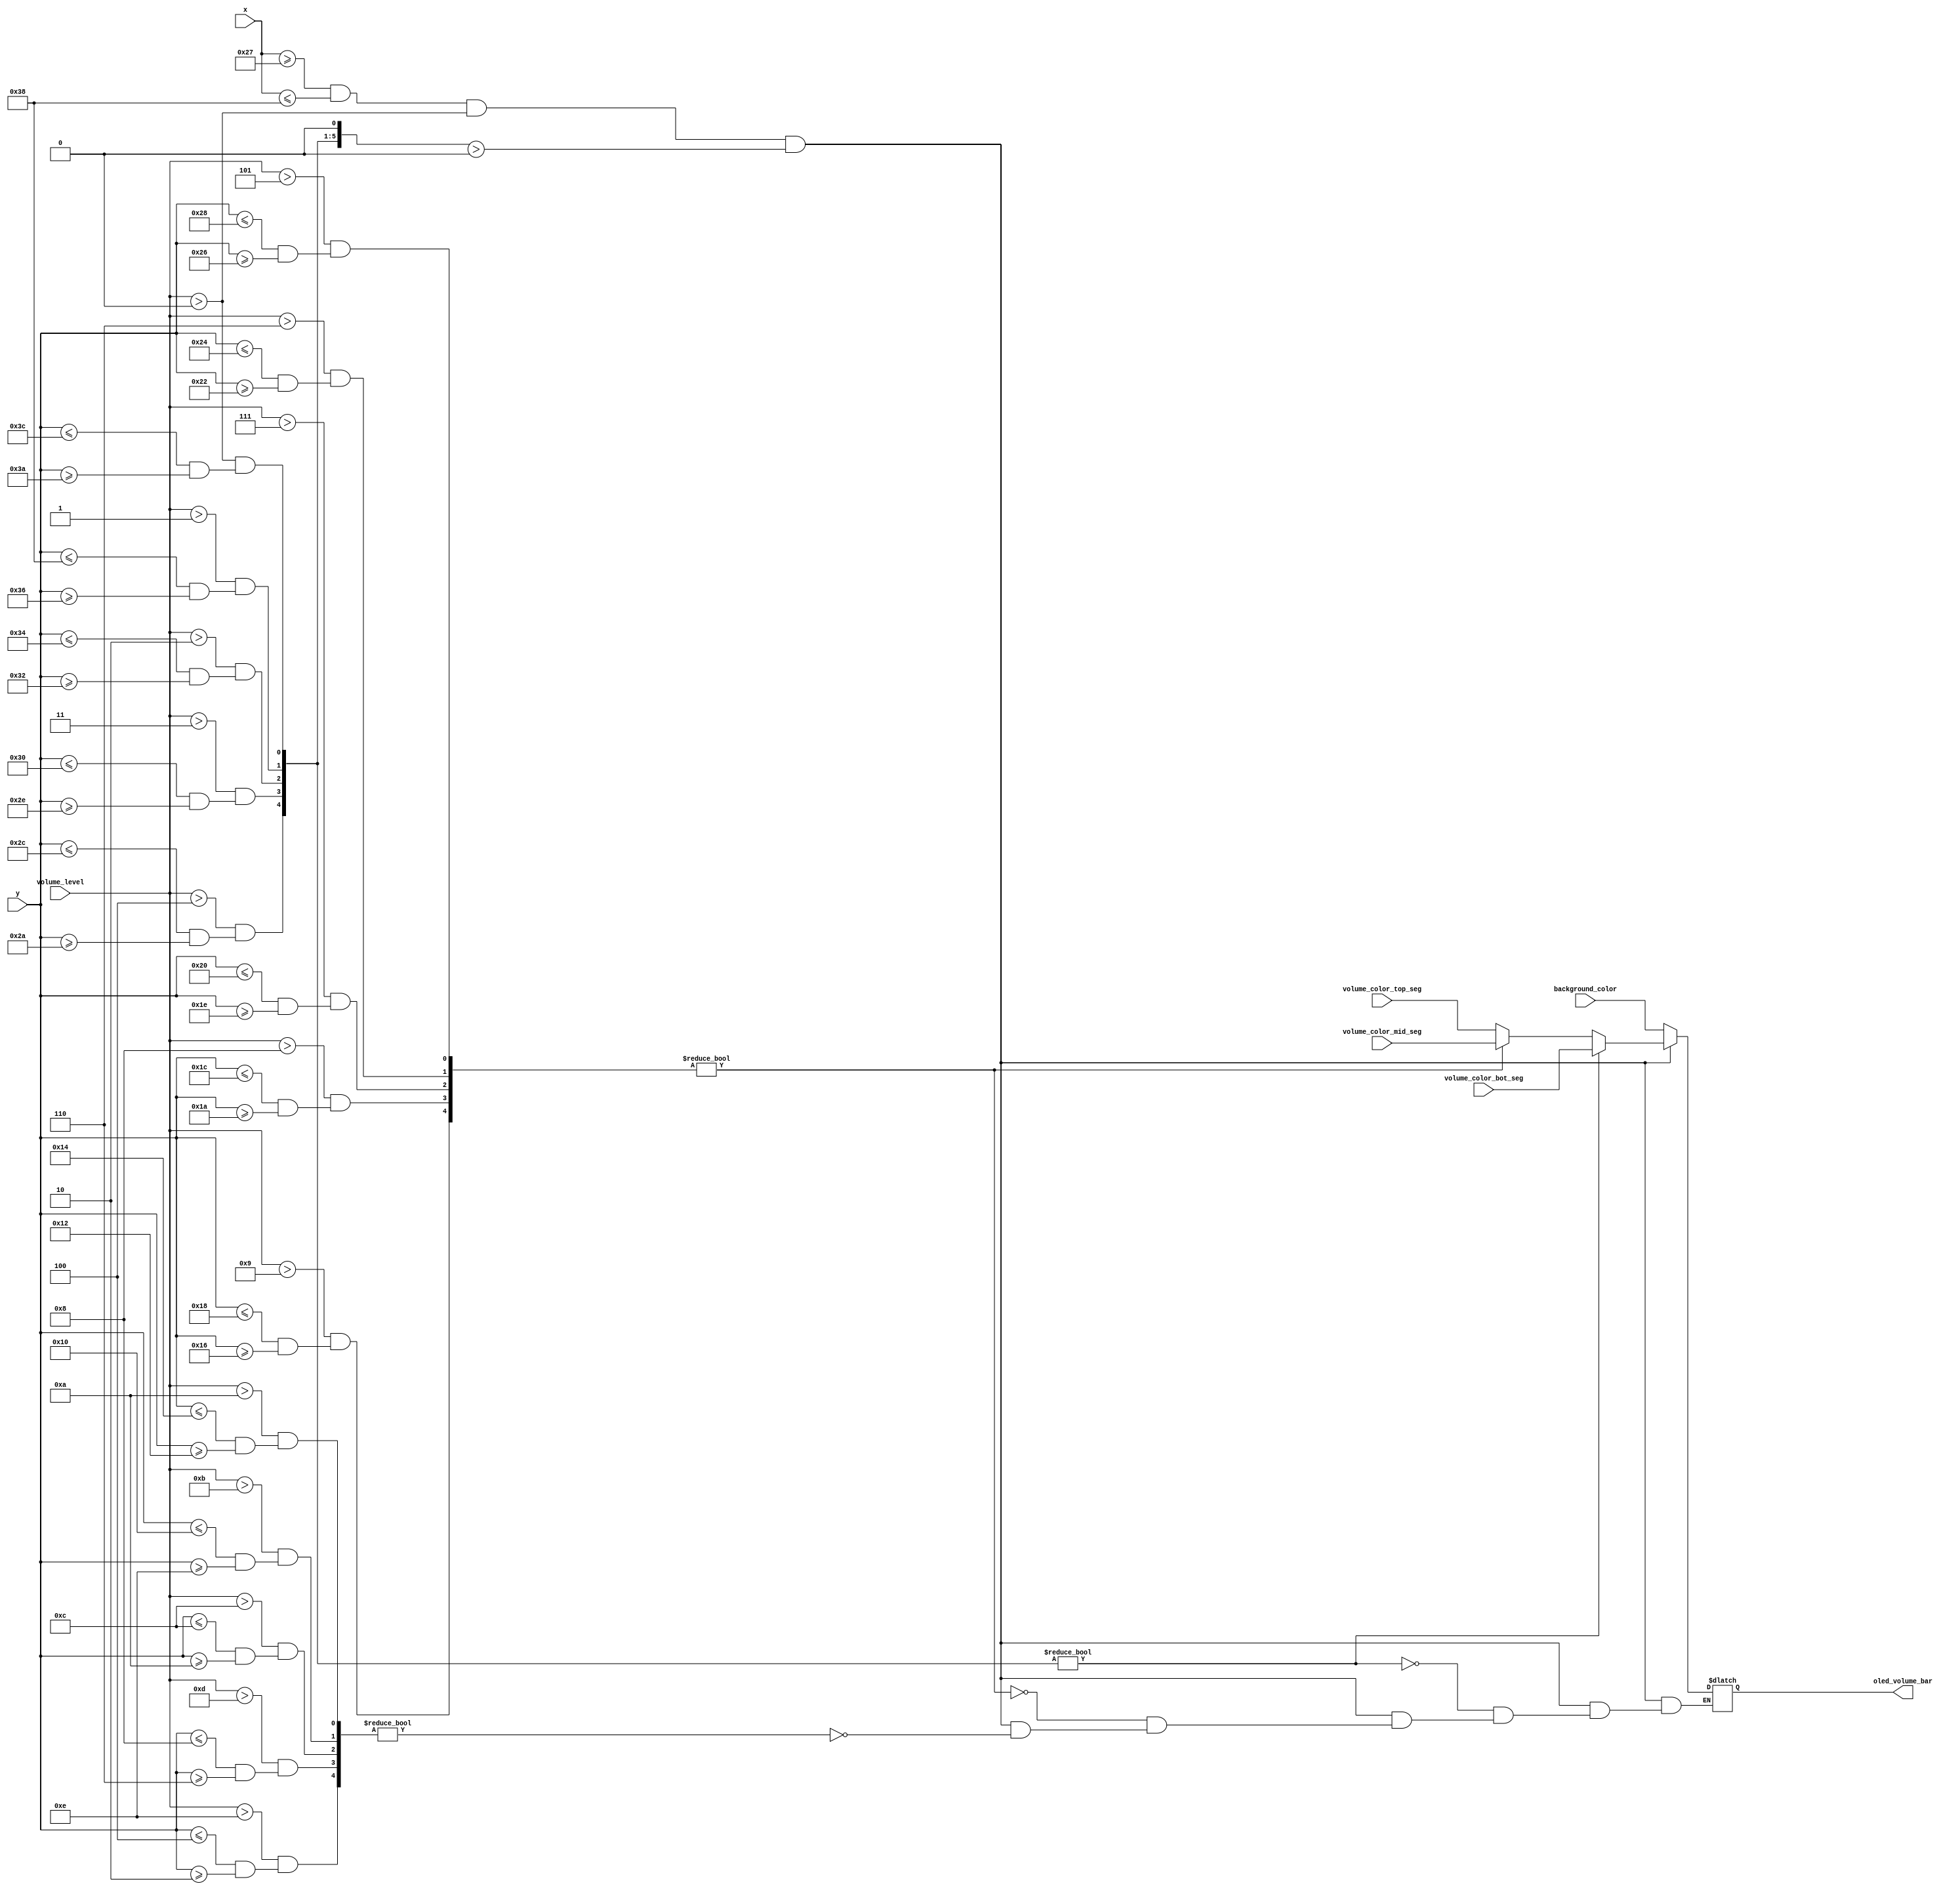
`timescale 1ns / 1ps
//////////////////////////////////////////////////////////////////////////////////
// Company: 
// Engineer: 
// 
// Design Name: 
// Module Name: volume_bar
// Project Name: 
// Target Devices: 
// Tool Versions: 
// Description: 
// 
// Dependencies: 
// 
// Revision:
// Revision 0.01 - File Created
// Additional Comments:
// 
//////////////////////////////////////////////////////////////////////////////////


module volume_bar(
    input [15:0] background_color, volume_color_top_seg, volume_color_mid_seg, volume_color_bot_seg,
    input [3:0] volume_level,
    input [6:0] x, y,
    output reg [15:0] oled_volume_bar
    );
    wire volume_bar_x_range;
    wire [15:0] volume_bar_y_range; // 16 levels of volume and don't need to list 1 by 1 in if else statements later
    assign volume_bar_x_range = x >= 39 && x <= 56;
    assign volume_bar_y_range[0] = 0;
    assign volume_bar_y_range[1] = (volume_level > 0 && (y <= 60 && y >= 58)); // each bar lights up for 3 pixels of height. start of each bar defers by 4 pixels
    assign volume_bar_y_range[2] = (volume_level > 1 && (y <= 56 && y >= 54)); // gap of 0 pixels from border if border is 3 pixels
    assign volume_bar_y_range[3] = (volume_level > 2 && (y <= 52 && y >= 50));
    assign volume_bar_y_range[4] = (volume_level > 3 && (y <= 48 && y >= 46));
    assign volume_bar_y_range[5] = (volume_level > 4 && (y <= 44 && y >= 42));
    assign volume_bar_y_range[6] = (volume_level > 5 && (y <= 40 && y >= 38));
    assign volume_bar_y_range[7] = (volume_level > 6 && (y <= 36 && y >= 34));
    assign volume_bar_y_range[8] = (volume_level > 7 && (y <= 32 && y >= 30));
    assign volume_bar_y_range[9] = (volume_level > 8 && (y <= 28 && y >= 26));
    assign volume_bar_y_range[10] = (volume_level > 9 && (y <= 24 && y >= 22));
    assign volume_bar_y_range[11] = (volume_level > 10 && (y <= 20 && y >= 18));
    assign volume_bar_y_range[12] = (volume_level > 11 && (y <= 16 && y >= 14));
    assign volume_bar_y_range[13] = (volume_level > 12 && (y <= 12 && y >= 10));
    assign volume_bar_y_range[14] = (volume_level > 13 && (y <= 8 && y >= 6));
    assign volume_bar_y_range[15] = (volume_level > 14 && (y <= 4 && y >= 2));
    
    always @ (*) begin
        if (volume_bar_x_range && volume_level > 0 && volume_bar_y_range > 0) begin // if x within range = 1, y within range = 1, and volume level not 0, trigger if loop
            if (volume_bar_y_range[15:11])
                oled_volume_bar = volume_color_top_seg;
            if (volume_bar_y_range[10:6])
                oled_volume_bar = volume_color_mid_seg;                                   
            if (volume_bar_y_range[5:1])
                oled_volume_bar = volume_color_bot_seg;                                                                                                      
        end
        else
            oled_volume_bar = background_color; // not in any of the range = background_color
    end
    
                    
endmodule